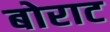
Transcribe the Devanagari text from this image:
बोराट